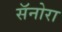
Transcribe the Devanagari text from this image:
सॅनोरा